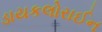
ડાયકલોરાઈન